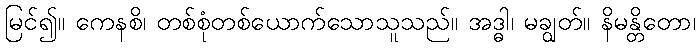
မြင်၍။ ကေနစိ၊ တစ်စုံတစ်ယောက်သောသူသည်။ အဒ္ဓါ၊ မချွတ်။ နိမန္တိတော၊